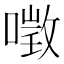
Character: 𠼌